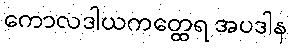
ကောလဒါယကတ္ထေရ အပဒါန